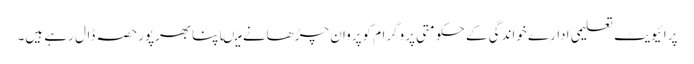
پرائیویٹ تعلیمی ادارے خواندگی کے حکومتی پروگرام کوپروان چڑھانے میںاپنابھرپورحصہ ڈال رہے ہیں۔